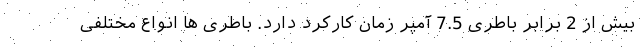
بیش از 2 برابر باطری 7.5 آمپر زمان کارکرد دارد. باطری ها انواع مختلفی